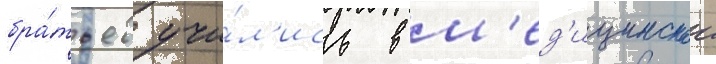
бра́тьев учи́л'ись в м'ед'ицинскои